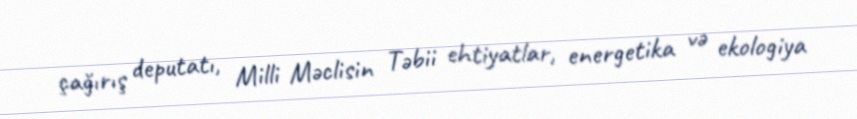
çağırış deputatı, Milli Məclisin Təbii ehtiyatlar, energetika və ekologiya